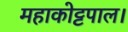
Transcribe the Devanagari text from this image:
महाकोट्टपाल।